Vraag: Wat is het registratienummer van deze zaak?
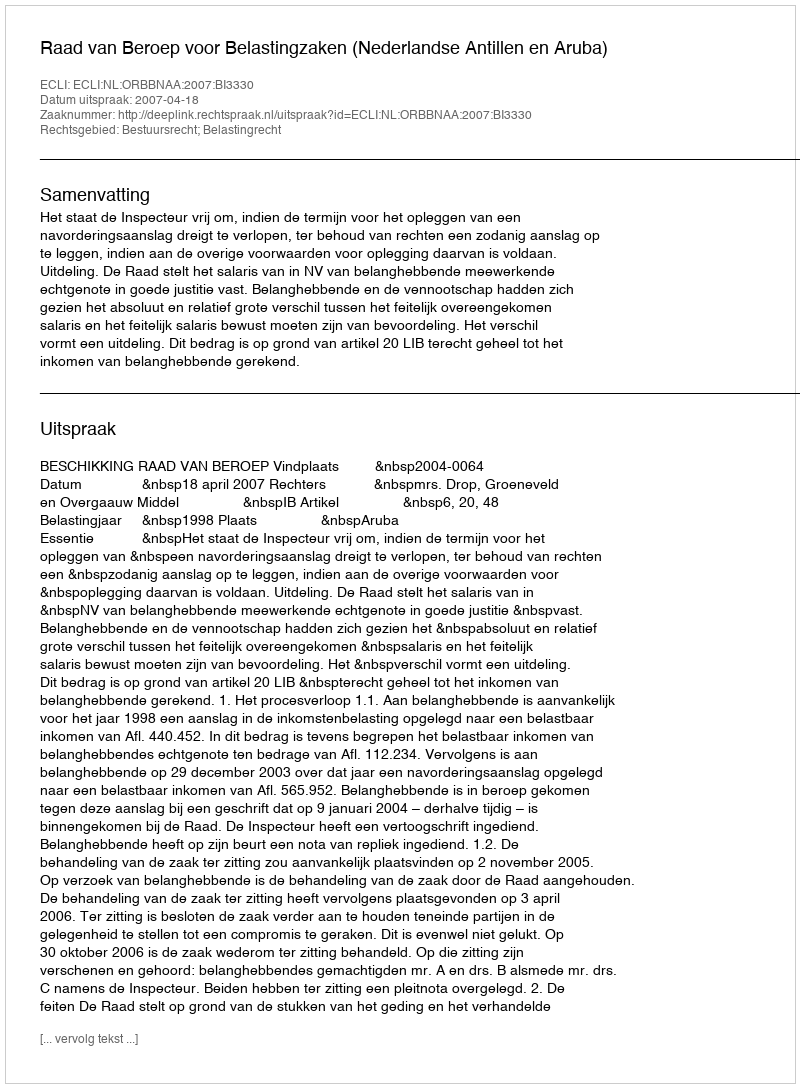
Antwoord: http://deeplink.rechtspraak.nl/uitspraak?id=ECLI:NL:ORBBNAA:2007:BI3330